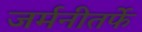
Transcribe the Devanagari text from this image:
जर्मनीतर्फे